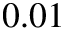
0 . 0 1